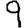
Digit: 9